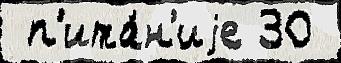
 п'ита́н'иjе 30